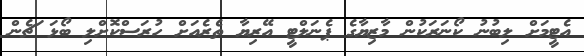
އެޓީމަށް ލިބުނު ކޯނަރަކުން މާޒިޔާގެ ޕެނަލްޓީ އޭރިޔާ ތެރެއަށް ހުރަސްކޮށްލި ބޯޅަ ަޗެން